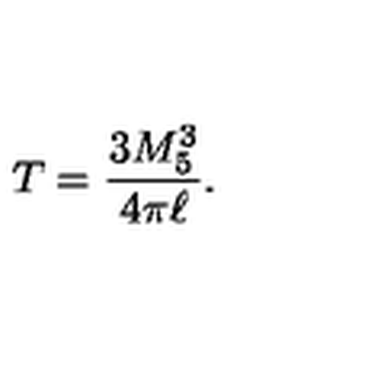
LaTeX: T = \frac { 3 M _ { 5 } ^ { 3 } } { 4 \pi \ell } .